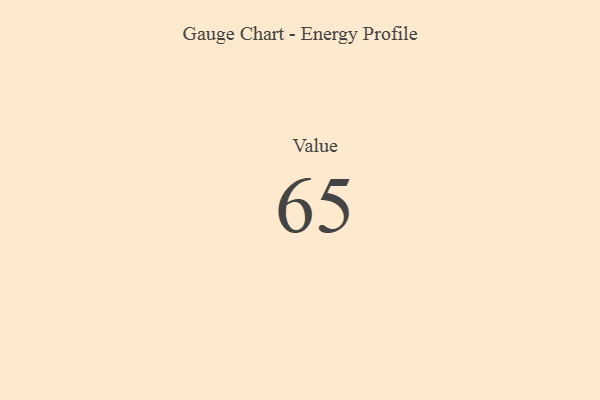
{"axis": {"x": "Metric", "y": "Value"}, "legend": [""], "data": [{"x": "Value", "y": 65, "type": ""}]}